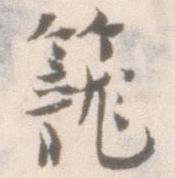
籠